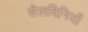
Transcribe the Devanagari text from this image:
सैलविनियाँ